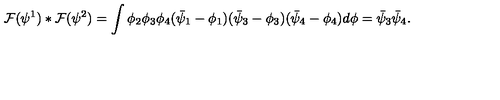
\! \! { \cal F } ( \psi ^ { 1 } ) * { \cal F } ( \psi ^ { 2 } ) = \int \phi _ { 2 } \phi _ { 3 } \phi _ { 4 } ( \bar { \psi } _ { 1 } - \phi _ { 1 } ) ( \bar { \psi } _ { 3 } - \phi _ { 3 } ) ( \bar { \psi } _ { 4 } - \phi _ { 4 } ) d \phi = \bar { \psi } _ { 3 } \bar { \psi } _ { 4 } .